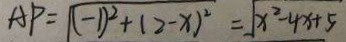
A P = \sqrt { ( - 1 ) ^ { 2 } + ( 2 - x ) ^ { 2 } } = \sqrt { x ^ { 2 } - 4 x + 5 }